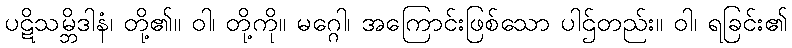
ပဋိသမ္ဘိဒါနံ၊ တို့၏။ ဝါ၊ တို့ကို။ မဂ္ဂေါ၊ အကြောင်းဖြစ်သော ပါဌ်တည်း။ ဝါ၊ ရခြင်း၏